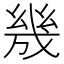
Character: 㡬